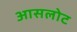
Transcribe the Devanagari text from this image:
आसलोट